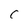
Character: C